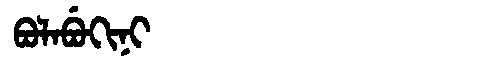
Manchu: ᠪᠣᠯᠠᠪᡠᡴᡳᠨᡳ
Romanization: BOLABUKINI